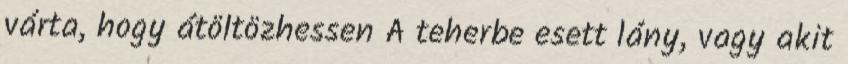
várta, hogy átöltözhessen A teherbe esett lány, vagy akit